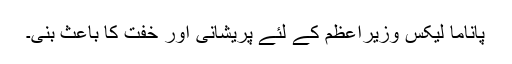
پاناما لیکس وزیراعظم کے لئے پریشانی اور خفت کا باعث بنی۔